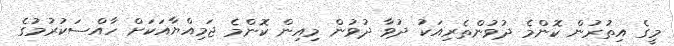
މީގެ އިތުރުން ކޮންމެ ދުވުންތެރިއަކު ދުވާ ދުވުން މިއިން ކޮންމެ ޖަމިއްޔާއަކަށް ހާއްސަކުރުމުގެ